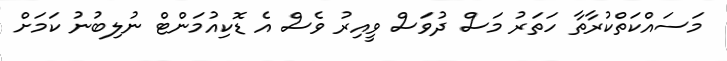
މަސައްކަތްކުރާތާ ހަތަރު މަސް ދުވަސް ވީއިރު ވެސް އެ ޑޮކިއުމަންޓް ނުލިބުނު ކަމަށް